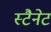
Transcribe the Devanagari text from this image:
स्टैनेट